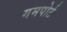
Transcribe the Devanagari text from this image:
गमपोर्ट